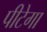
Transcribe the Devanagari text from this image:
पीटेगा